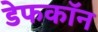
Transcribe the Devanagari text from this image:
डेफकॉन